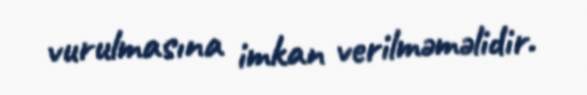
vurulmasına imkan verilməməlidir.